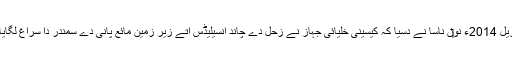
3 اپریل 2014ء نو‏‏ں ناسا نے دسیا کہ کیسینی خلیائی جہاز نے زحل دے چاند انسیلیڈس اُتے زیر زمین مائع پانی دے سمندر دا سراغ لگایا ا‏‏ے۔